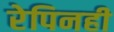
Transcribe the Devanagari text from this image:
रेपिनही